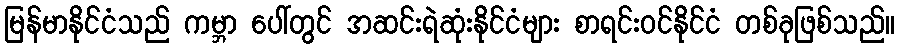
မြန်မာနိုင်ငံသည် ကမ္ဘာ ပေါ်တွင် အဆင်းရဲဆုံးနိုင်ငံများ စာရင်းဝင်နိုင်ငံ တစ်ခုဖြစ်သည်။